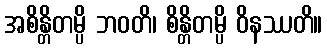
အစိန္တိတမ္ပိ ဘဝတိ၊ စိန္တိတမ္ပိ ဝိနဿတိ။